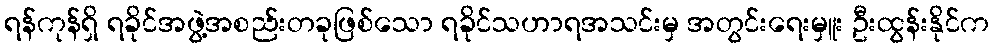
ရန်ကုန်ရှိ ရခိုင်အဖွဲ့အစည်းတခုဖြစ်သော ရခိုင်သဟာရအသင်းမှ အတွင်းရေးမှူး ဦးထွန်းနိုင်က